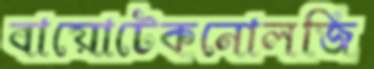
বায়োটেকনোলজি